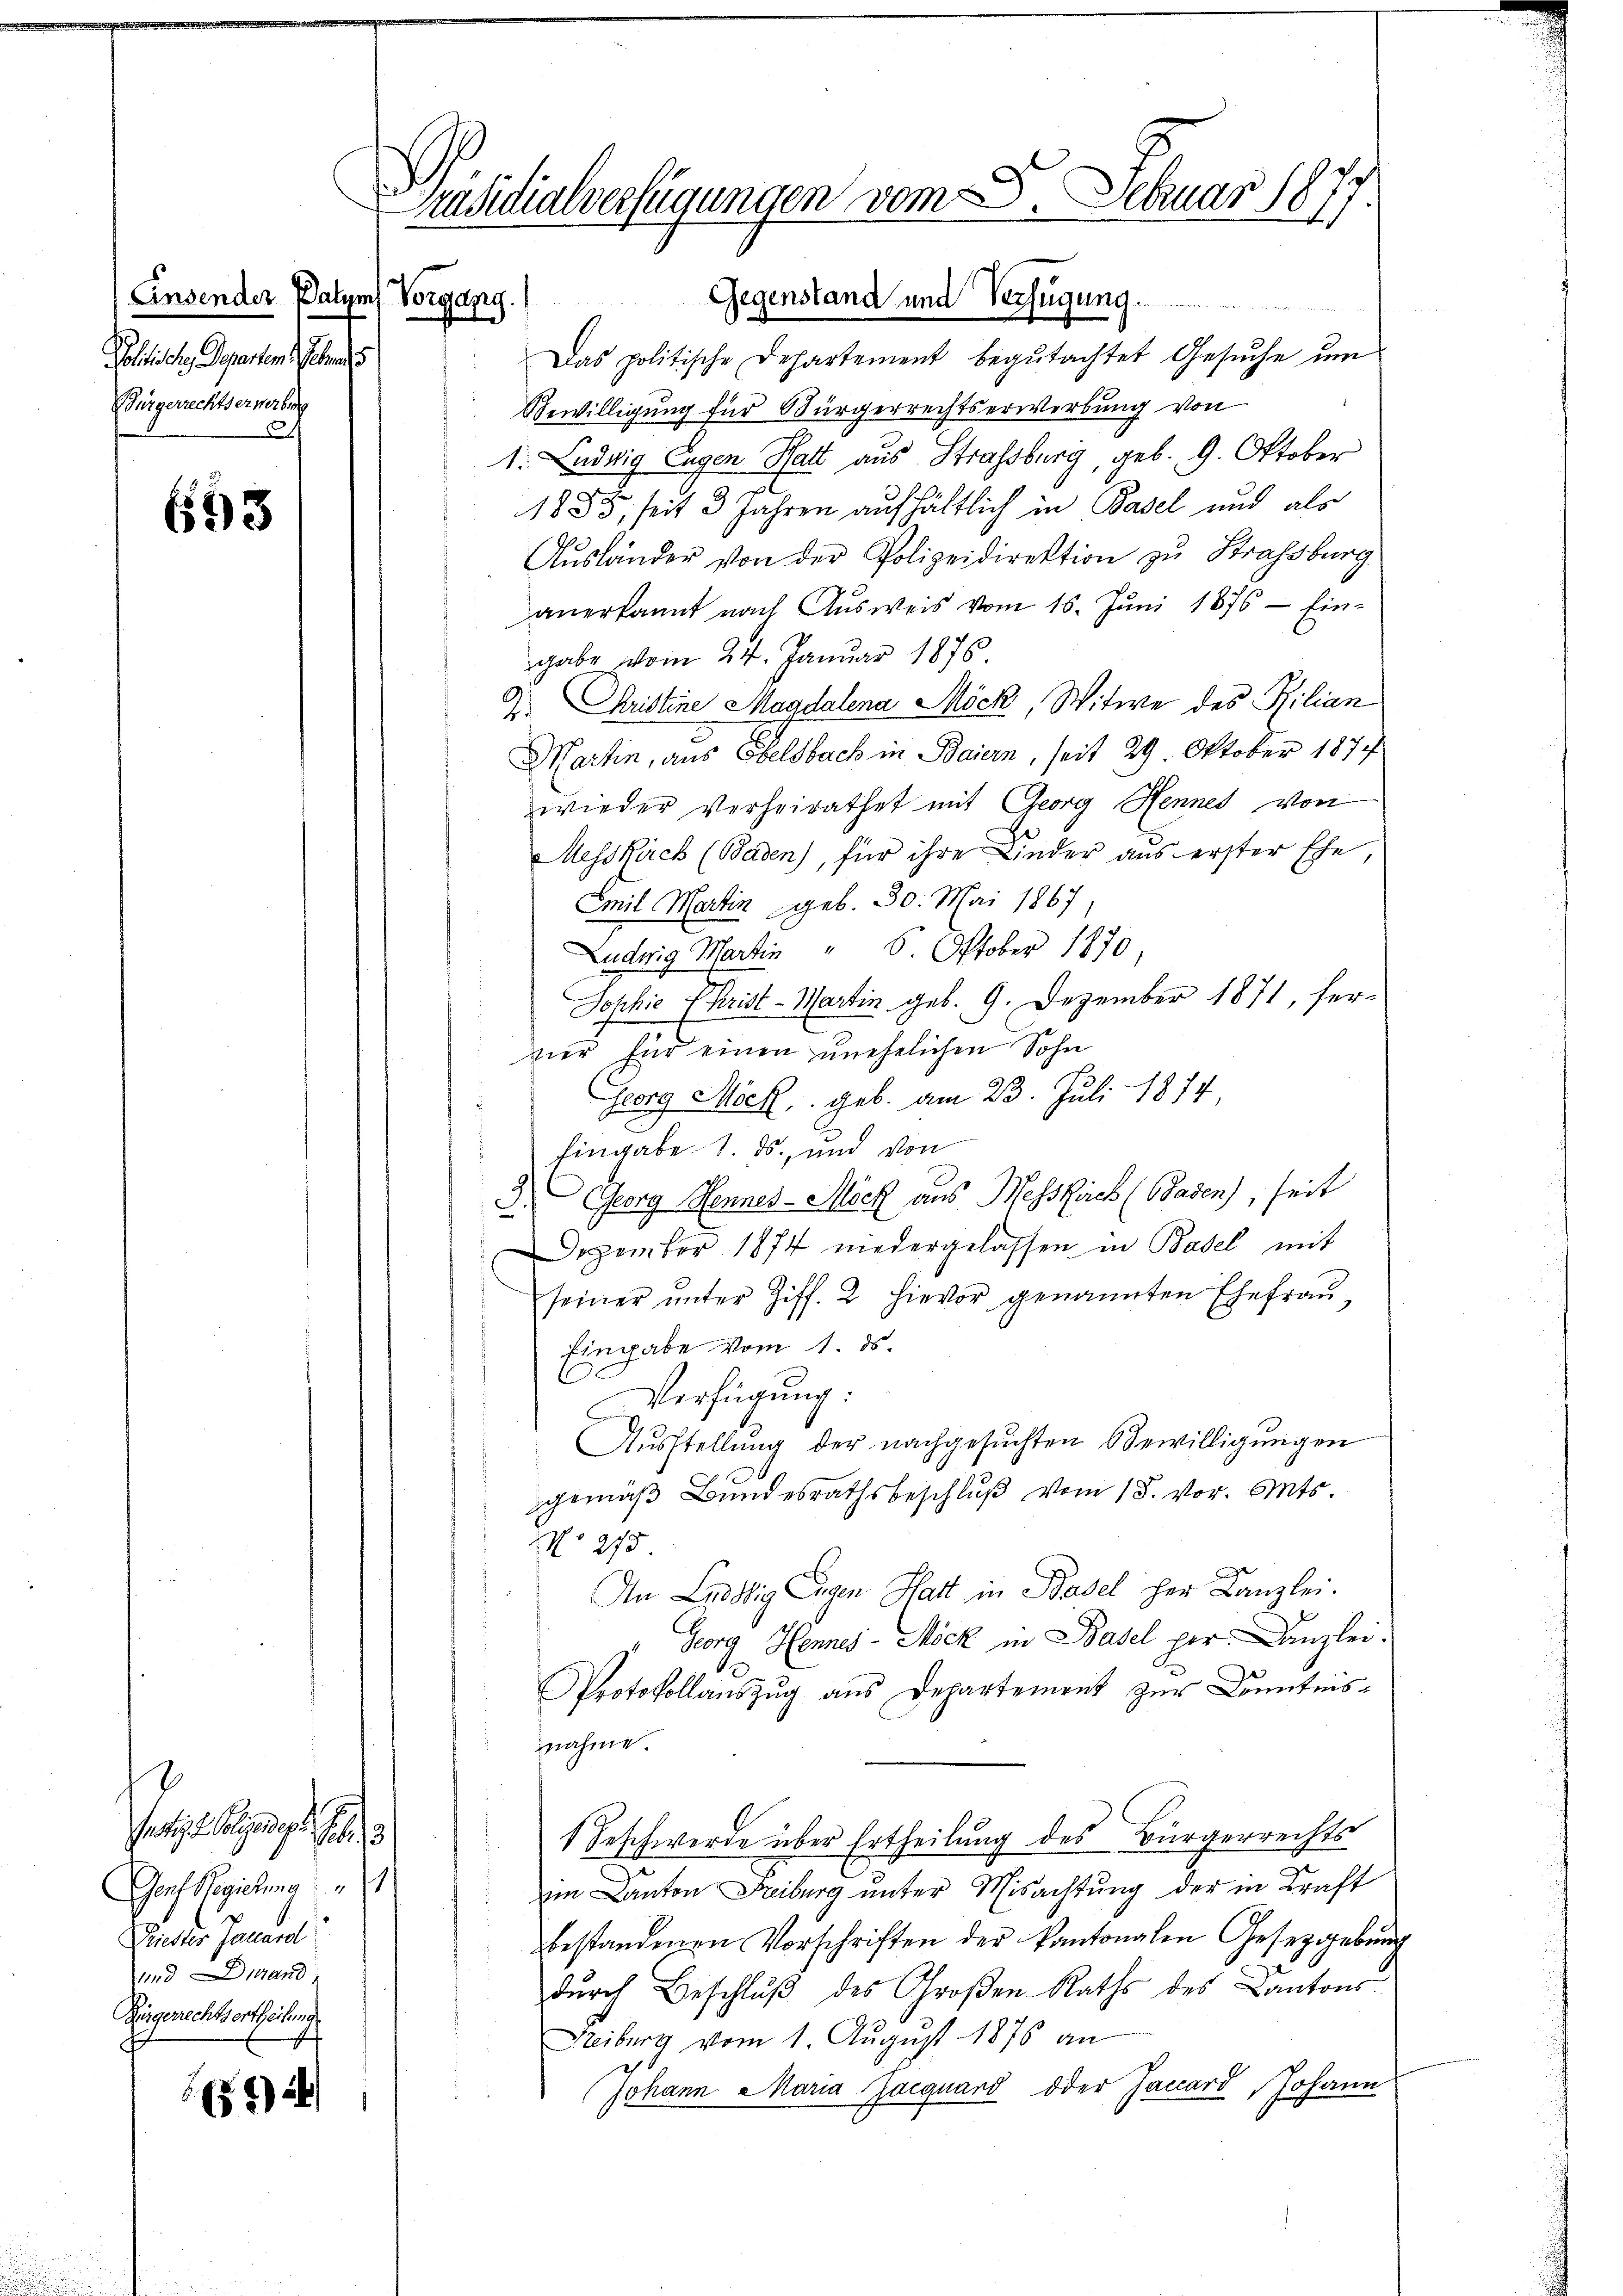
Einsender Datum Vorgang.
Politische Departen Gebra
Bürgerrechtserwerbung
.

693

Jetzten
Gech Regierung
iester Januard
und Durand
Zügerechtsortheilung

)

räsidialverfügungen vom 8. Februar 1877

Das politische Departement begutachtet Gesuche um
Bewilligung für Bürgerrechtserwerbung von
1. Ludwig Eugen Hatt aus Strassburg, geb. 9. Oktober
1833, seit 3 Jahren aufhältlich in Basel und als
Aŭsländer von der Polizeidirektion zu Strassburg
anerkannt nach Ausweis vom 16. Juni 1876 — Ein-
gabe vom 24. Januar 1876
Z. Christine Magdalena Möck, Witwe des Kilian
Martin, aus Eselsbach in Baiern, seit 29. Oktober 1874
wieder Verheirathet mit Georg Hennes von
Messkäck (Baden), für ihre Kinder aus erster Ehe
Emil Martin geb. 30. Mai 1867.
Ludwig Martin " 6. Oktober 1870
Sophie (Krist-Martin geb. 9. Dezember 1871, fer-
vier für einen unehelichen Sohn
¬
Georg Möck, geb. am 23. Juli 1874
Eingabe 1. ds., und von
3. Georg Hennes - Möck aus Wesskirch (Basen), seit
Dezember 1874 niedergelassen in Basel mit
seiner unter Ziff. 2 hievor genannten Ehefrau¬
Eingabe vom 1. ds.
Verfügung:
Ausstellung der nachgesuchten Bewilligungen
gemäß Bundesrathsbeschluß vom 18. vor. Mts.
No 275
An Landbig Eigen Statt in Basel her Kanzlei.
Georg Hennes-Möck in Basel her. Kanzlei.
Protokollauszug aus Departement zur Kenntnisnahme.
Geschwerde über Ertheilung des Bürgerrechts
im Canton Freiburg unter Misachtung der in Kraft
bestandenen Vorschriften der kantonalen Gesetzgebung
dŭrch Beschlŭβ des Großen Raths des Kantons
Reiburg vom 1. August 1876 an
Johann Maria Jacquard oder Jaccard, Johann

Gegenstand und Verfügung.